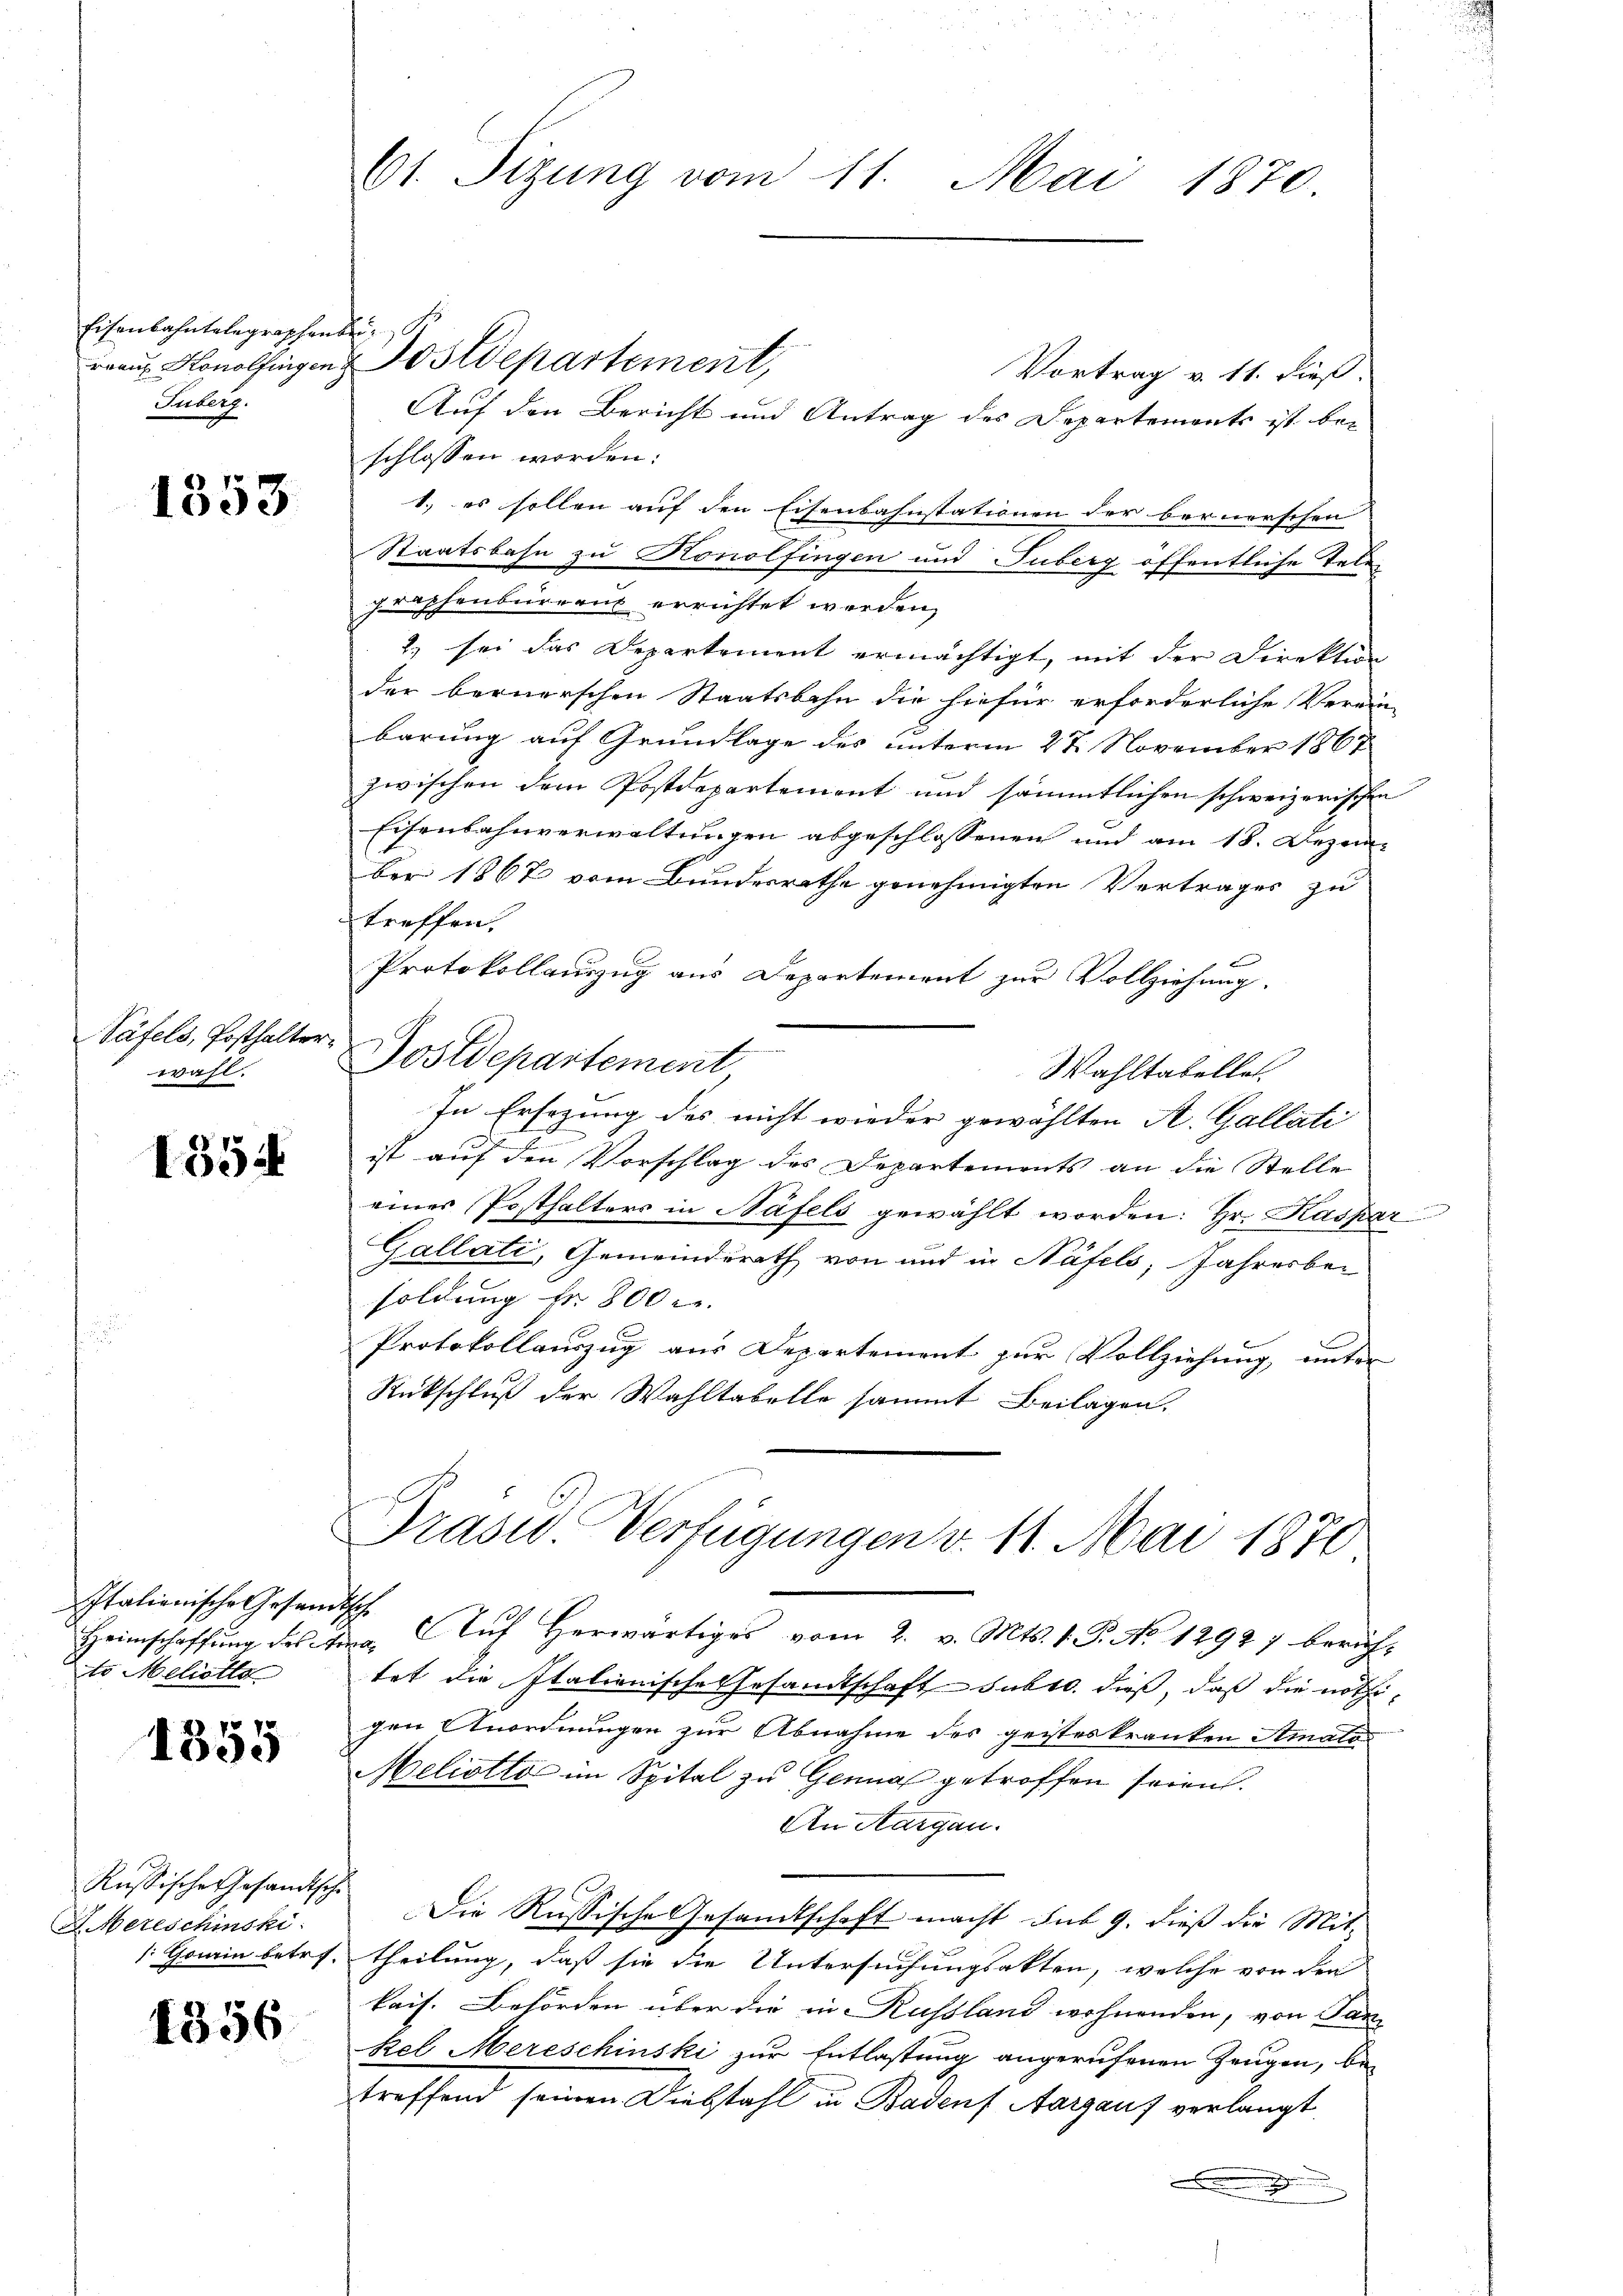
Eisenbahntelegraphen
rraus Konolfingen
Suberg.

1353

Täfels, Posthalter
wahl.

1554

Italienische Gesam¬
Heimschaffung des
to Meliothe

1355

Russische Gesandtsche
HHerrschinski
1: Gawin betr.

1356

61 Sizung vom 11. Mai 1870

de
Vortrag v. 11. dieß.
Auf den Bericht und Antrag des Departements ist beschlossen worden:
1.) es sollen auf den Eisenbahnstationen der bernerschen
Staatsbahn zu Konolfingen und Tuberg öffentliche Telegraphenburrens errichtet werden,
2) sei das Departement ermächtigt, mit der Direktion
der bernerschen Staatsbahn die hiefür erforderliche Verein-
barung auf Grundlage des unterm 27. November 1867
zwischen dem Postdepartement und sämmtlichen schweizerischen
Eisenbahnverwaltungen abgeschlossenen und am 18. Dezem-
ber 1867 vom Bundesrathe genehmigten Vertrages zu
treffen.
Protokollauszug aus Departement zur Vollziehung.
.
Postdepartement
Wahltabellet
In Ersezung des nicht wieder gewählten A. Gallati
ist auf den Vorschlag des Departements an die Stelle
eines Posthalters in Näfels gewählt worden: Hr. Kaspar
Gallati, Gemeinderath von und in Näfels, Jahresber
soldung fr. 800.
Protokollauszug aus Departement zur Vollziehung, unter
Rückschluß der Wahltabelle sammt Beilagen.

Postdepartement,

7. Auf herwärtiges vom 2. v. Mts. 1. P. No 12927 beruht
Bier
tet die Italienische Gesandtschaft subt. dieß, daß die nöthigen Anordnungen zur Abnahme des geisteskranken Amatos
Meliotlos im Spital zu Genua getroffen seien.
An Aargau.
Die Russische Gesandtschaft macht sub 9. dieß die Mit-
theilung, daß sie die Untersuchungsakten, welche von den
kais. Behörden über die in Russland wohnenden, von Tan
kel Mereschinski zur Entlastung angerufenen Zeugen, betreffend seinen Diebstahl in Badens Aargaus verlangt
.

Graswo Verfügungen v. 11. Mai 1870